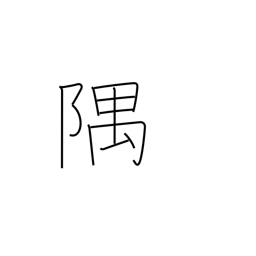
Meaning: corner